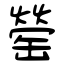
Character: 罃